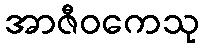
အာဇီဝကေသု